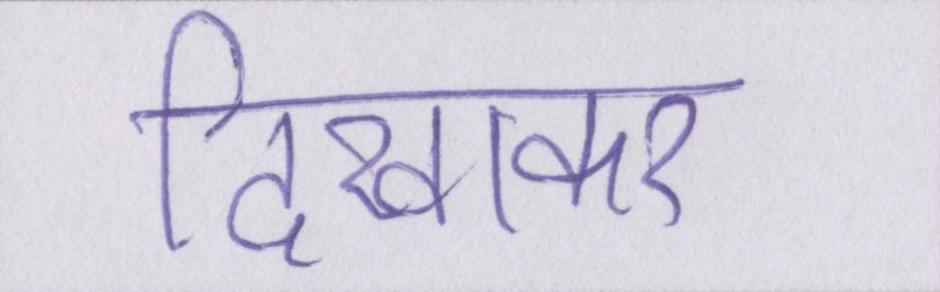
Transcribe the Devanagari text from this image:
दिखाकर